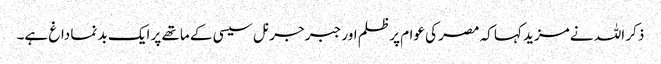
ذکر اللہ نے مزید کہا کہ مصر کی عوام پر ظلم اور جبر جرنل سیسی کے ماتھے پر ایک بد نما داغ ہے۔